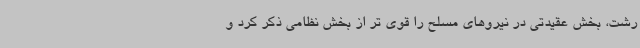
رشت، بخش عقیدتی در نیروهای مسلح را قوی تر از بخش نظامی ذکر کرد و